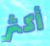
أكثر